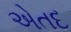
એતદ